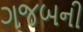
ગજબની